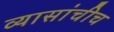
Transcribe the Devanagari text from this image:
व्यासांचीच